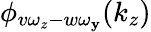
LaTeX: \phi_{v\omega_{z}-w\omega_{\mathbf{y}}}(k_{z})